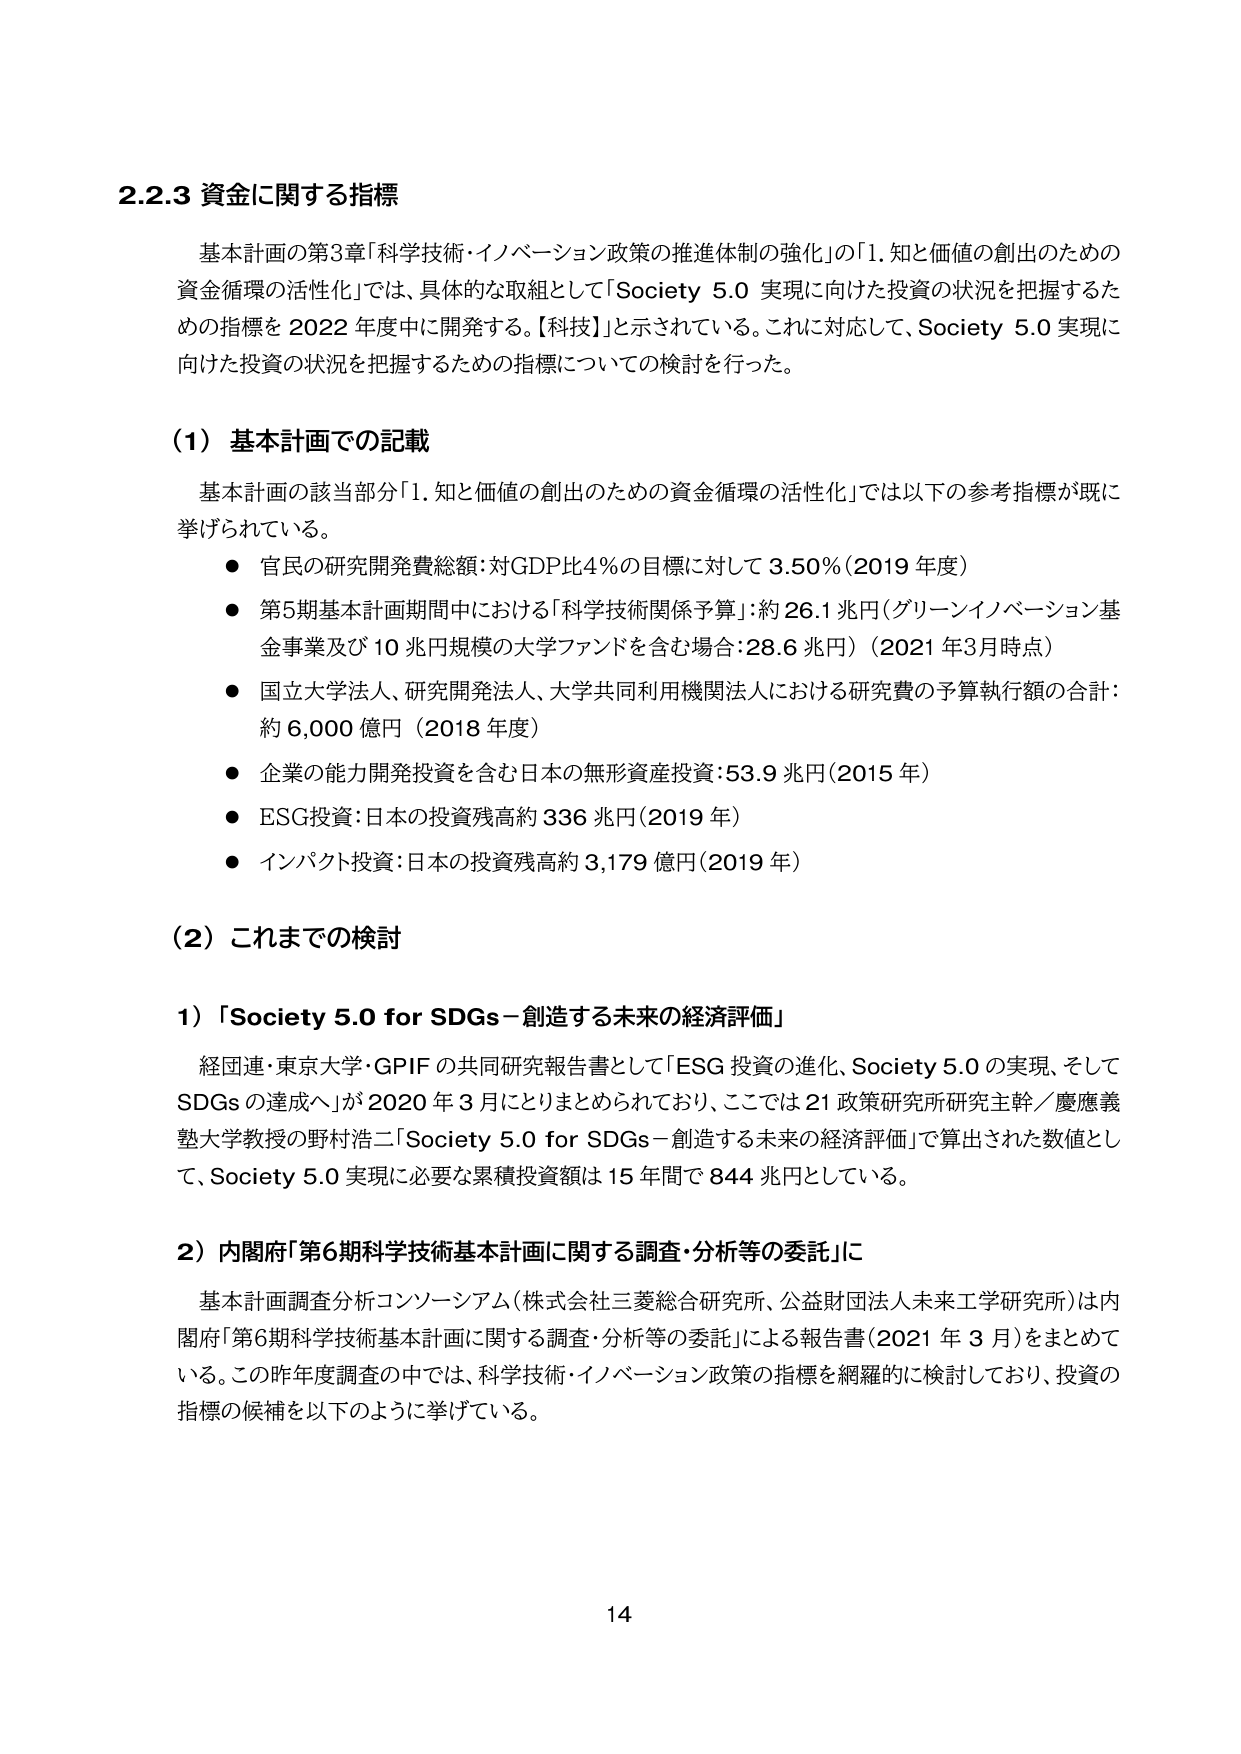
2.2.3 資金に関する指標

基本計画の第3章「科学技術・イノベーション政策の推進体制の強化」の「1. 知と価値の創出のための資金循環の活性化」では、具体的な取組として「Society 5.0 実現に向けた投資の状況を把握するための指標を 2022 年度中に開発する。【科技】」と示されている。これに対応して、Society 5.0 実現に向けた投資の状況を把握するための指標についての検討を行った。

（1）基本計画での記載

基本計画の該当部分「1. 知と価値の創出のための資金循環の活性化」では以下の参考指標が既に挙げられている。

● 官民の研究開発費総額：対GDP比4％の目標に対して 3.50％（2019 年度）

● 第5期基本計画期間中における「科学技術関係予算」：約 26.1 兆円（グリーンイノベーション基金事業及び 10 兆円規模の大学ファンドを含む場合：28.6 兆円）（2021 年3月時点）

● 国立大学法人、研究開発法人、大学共同利用機関法人における研究費の予算執行額の合計：約 6,000 億円（2018 年度）

● 企業の能力開発投資を含む日本の無形資産投資：53.9 兆円（2015 年）

● ESG投資：日本の投資残高約 336 兆円（2019 年）

● インパクト投資：日本の投資残高約 3,179 億円（2019 年）

（2）これまでの検討

1）「Society 5.0 for SDGs－創造する未来の経済評価」

経団連・東京大学・GPIF の共同研究報告書として「ESG 投資の進化、Society 5.0 の実現、そして SDGs の達成へ」が 2020 年 3 月にとりまとめられており、ここでは 21 政策研究所研究主幹／慶應義塾大学教授の野村浩二「Society 5.0 for SDGs－創造する未来の経済評価」で算出された数値として、Society 5.0 実現に必要な累積投資額は 15 年間で 844 兆円としている。

2）内閣府「第6期科学技術基本計画に関する調査・分析等の委託」に

基本計画調査分析コンソーシアム（株式会社三菱総合研究所、公益財団法人未来工学研究所）は内閣府「第6期科学技術基本計画に関する調査・分析等の委託」による報告書（2021 年 3 月）をまとめている。この昨年度調査の中では、科学技術・イノベーション政策の指標を網羅的に検討しており、投資の指標の候補を以下のように挙げている。

14